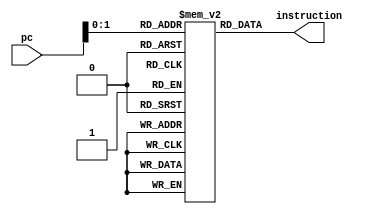
module inst_mem
(  
     input   [31:0]  pc,  
     output reg [31:0]  instruction  
);  
     reg [31:0] rom[0:3];

     initial begin  
        rom[0]=32'b00001110000000000000001010001100; //lw  $2,14($0)
        rom[1]=32'b00000010000000000010100101000001; //beq $9,$9,2
        rom[2]=32'b00100000001100000110001000000000; //add $6,$2,$3
        rom[3]=32'b00100010001110001100001000000000; //sub $7,$6,$2
     end  
     always @(pc)
        instruction = rom[pc];
     //    instruction = rom[pc[31:2]];
endmodule